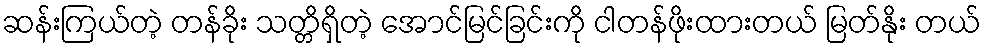
ဆန်းကြယ်တဲ့ တန်ခိုး သတ္တိရှိတဲ့ အောင်မြင်ခြင်းကို ငါတန်ဖိုးထားတယ် မြတ်နိုး တယ်